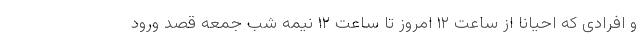
و افرادی که احیانا از ساعت ۱۲ امروز تا ساعت ۱۲ نیمه شب جمعه قصد ورود